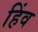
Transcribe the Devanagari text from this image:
हिंव